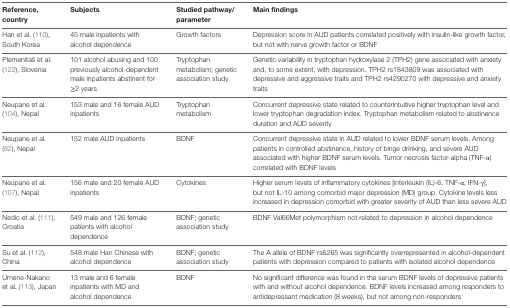
<table><thead><tr><td><b>Reference, country</b></td><td><b>Subjects</b></td><td><b>Studied pathway/parameter</b></td><td><b>Main findings</b></td></tr></thead><tbody><tr><td>Han et al. (110), South Korea</td><td>45 male inpatients with alcohol dependence</td><td>Growth factors</td><td>Depression score in AUD patients correlated positively with insulin-like growth factor, but not with nerve growth factor or BDNF</td></tr><tr><td>Plemenitaš et al. (122), Slovenia</td><td>101 alcohol abusing and 100 previously alcohol-dependent male inpatients abstinent for ≥2 years</td><td>Tryptophan metabolism; genetic association study</td><td>Genetic variability in tryptophan hydroxylase 2 (TPH2) gene associated with anxiety and, to some extent, with depression. TPH2 rs1843809 was associated with depressive and aggressive traits and TPH2 rs4290270 with depressive and anxiety traits</td></tr><tr><td>Neupane et al. (104), Nepal</td><td>153 male and 16 female AUD inpatients</td><td>Tryptophan metabolism</td><td>Concurrent depressive state related to counterintuitive higher tryptophan level and lower tryptophan degradation index. Tryptophan metabolism related to abstinence duration and AUD severity</td></tr><tr><td>Neupane et al. (82), Nepal</td><td>152 male AUD inpatients</td><td>BDNF</td><td>Concurrent depressive state in AUD related to lower BDNF serum levels. Among patients in controlled abstinence, history of binge drinking, and severe AUD associated with higher BDNF serum levels. Tumor necrosis factor-alpha (TNF-α) correlated with BDNF levels</td></tr><tr><td>Neupane et al. (107), Nepal</td><td>156 male and 20 female AUD inpatients</td><td>Cytokines</td><td>Higher serum levels of inflammatory cytokines [interleukin (IL)-6, TNF-α, IFN-γ], but not IL-10 among comorbid major depression (MD) group. Cytokine levels less increased in depression comorbid with greater severity of AUD than less severe AUD</td></tr><tr><td>Nedic et al. (111), Croatia</td><td>549 male and 126 female patients with alcohol dependence</td><td>BDNF; genetic association study</td><td>BDNF Val66Met polymorphism not related to depression in alcohol dependence</td></tr><tr><td>Su et al. (112), China</td><td>548 male Han Chinese with alcohol dependence</td><td>BDNF; genetic association study</td><td>The A allele of BDNF rs6265 was significantly overrepresented in alcohol-dependent patients with depression compared to patients with isolated alcohol dependence</td></tr><tr><td>Umene-Nakano et al. (113), Japan</td><td>13 male and 6 female inpatients with MD and alcohol dependence</td><td>BDNF</td><td>No significant difference was found in the serum BDNF levels of depressive patients with and without alcohol dependence. BDNF levels increased among responders to antidepressant medication (8 weeks), but not among non-responders</td></tr></tbody></table>